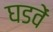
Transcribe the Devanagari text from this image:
घडवें